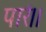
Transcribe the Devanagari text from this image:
पारं।।